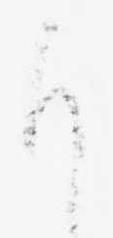
も